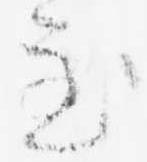
至